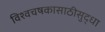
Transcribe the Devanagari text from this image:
विश्वचषकासाठीसुद्धा